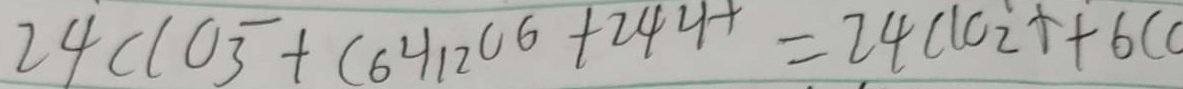
2 4 C l O _ { 3 } ^ { - } + C 6 4 1 2 0 6 + 2 4 4 + = 2 4 C l c i \uparrow + 6 c c